Indian journal of veterinary science and animal husbandry - Volume 2,
Year: 1932
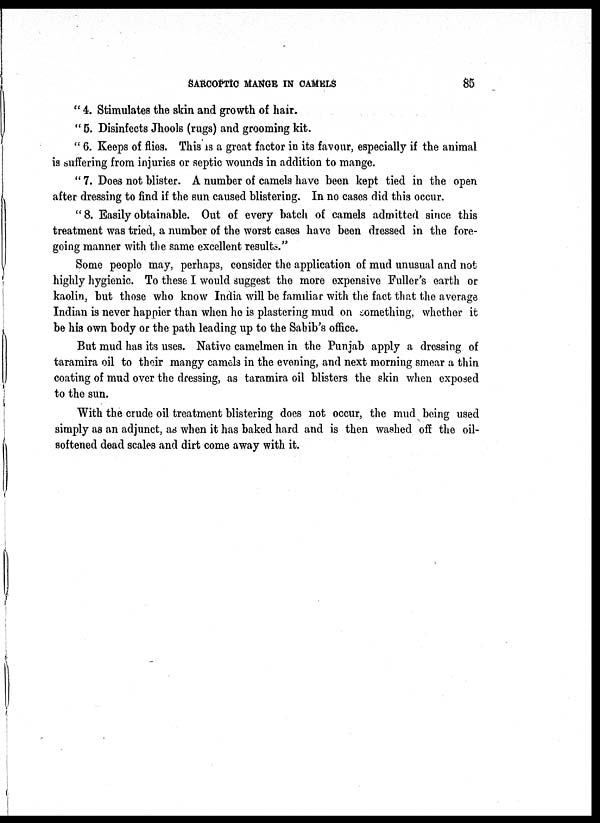
SARCOPTIC MANGE IN CAMELS
85
" 4. Stimulates the skin and growth of hair.
" 5. Disinfects Jhools (rugs) and grooming kit.
" 6. Keeps of flies. This is a great factor in its favour, especially if the animal
is suffering from injuries or septic wounds in addition to mange.
" 7. Does not blister. A number of camels have been kept tied in the open
after dressing to find if the sun caused blistering. In no cases did this occur.
"8. Easily obtainable. Out of every batch of camels admitted since this
treatment was tried, a number of the worst cases have been dressed in the fore-
going manner with the same excellent results."
Some people may, perhaps, consider the application of mud unusual and not
highly hygienic. To these I would suggest the more expensive Fuller's earth or
kaolin, but those who know India will be familiar with the fact that the average
Indian is never happier than when he is plastering mud on something, whether it
be his own body or the path leading up to the Sabib's office.
But mud has its uses. Native camelmen in the Punjab apply a dressing of
taramira oil to their mangy camels in the evening, and next morning smear a thin
coating of mud over the dressing, as taramira oil blisters the skin when exposed
to the sun.
With the crude oil treatment blistering does not occur, the mud being used
simply as an adjunct, as when it has baked hard and is then washed off the oil-
softened dead scales and dirt come away with it.